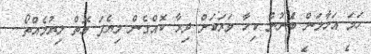
ހަމަ އަހާލަން ބަެނުން ކިހާ ވަރަކަށް ދިރާ ކޮއްގެން ލިޔެފަ އޮތް ލިޔުމެއްތޯ...